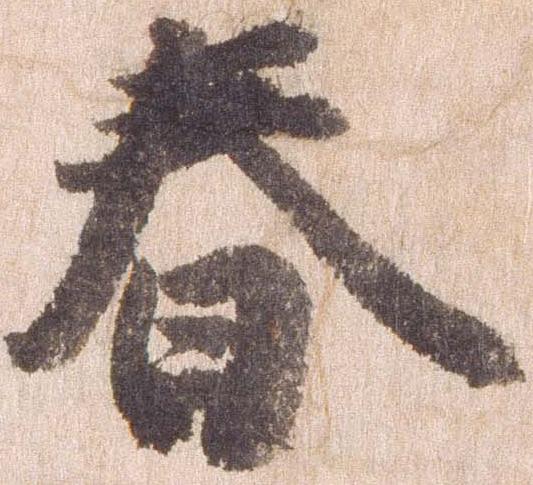
春